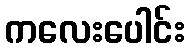
ကလေးပေါင်း